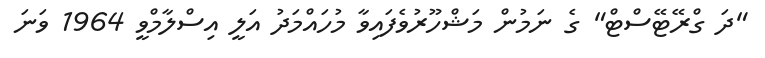
"ދަ ގްރޭޓޭސްޓް" ގެ ނަމުން މަޝްހޫރުވެފައިވާ މުހައްމަދު އަލީ އިސްލާމްވީ 1964 ވަނަ